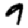
Digit: 9